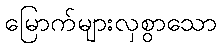
မြောက်များလှစွာသော